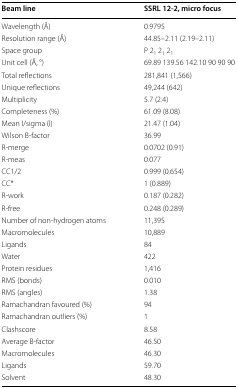
<table><thead><tr><td><b>Beam line</b></td><td><b>SSRL 12-2, micro focus</b></td></tr></thead><tbody><tr><td>Wavelength (Å)</td><td>0.9795</td></tr><tr><td>Resolution range (Å)</td><td>44.85–2.11 (2.19–2.11)</td></tr><tr><td>Space group</td><td>P 2<sub>1</sub> 2<sub>1</sub> 2<sub>1</sub></td></tr><tr><td>Unit cell (Å, °)</td><td>69.89 139.56 142.10 90 90 90</td></tr><tr><td>Total reflections</td><td>281,841 (1,566)</td></tr><tr><td>Unique reflections</td><td>49,244 (642)</td></tr><tr><td>Multiplicity</td><td>5.7 (2.4)</td></tr><tr><td>Completeness (%)</td><td>61.09 (8.08)</td></tr><tr><td>Mean I/sigma (I)</td><td>21.47 (1.04)</td></tr><tr><td>Wilson B-factor</td><td>36.99</td></tr><tr><td>R-merge</td><td>0.0702 (0.91)</td></tr><tr><td>R-meas</td><td>0.077</td></tr><tr><td>CC1/2</td><td>0.999 (0.654)</td></tr><tr><td>CC*</td><td>1 (0.889)</td></tr><tr><td>R-work</td><td>0.187 (0.282)</td></tr><tr><td>R-free</td><td>0.248 (0.289)</td></tr><tr><td>Number of non-hydrogen atoms</td><td>11,395</td></tr><tr><td>Macromolecules</td><td>10,889</td></tr><tr><td>Ligands</td><td>84</td></tr><tr><td>Water</td><td>422</td></tr><tr><td>Protein residues</td><td>1,416</td></tr><tr><td>RMS (bonds)</td><td>0.010</td></tr><tr><td>RMS (angles)</td><td>1.38</td></tr><tr><td>Ramachandran favoured (%)</td><td>94</td></tr><tr><td>Ramachandran outliers (%)</td><td>1</td></tr><tr><td>Clashscore</td><td>8.58</td></tr><tr><td>Average B-factor</td><td>46.50</td></tr><tr><td>Macromolecules</td><td>46.30</td></tr><tr><td>Ligands</td><td>59.70</td></tr><tr><td>Solvent</td><td>48.30</td></tr></tbody></table>